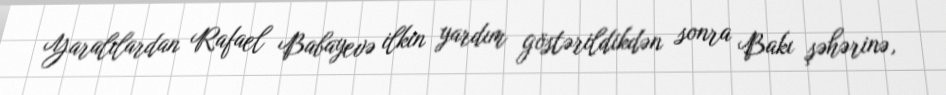
Yaralılardan Rafael Babayevə ilkin yardım göstərildikdən sonra Bakı şəhərinə,